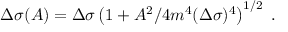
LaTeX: \Delta \sigma ( A ) = \Delta \sigma \left( 1 + A ^ { 2 } / 4 m ^ { 4 } ( \Delta \sigma ) ^ { 4 } \right) ^ { 1 / 2 } \ .